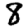
Digit: 8